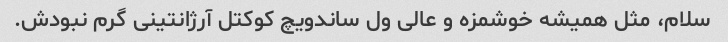
سلام، مثل همیشه خوشمزه و عالی ول ساندویچ کوکتل آرژانتینی گرم نبودش.